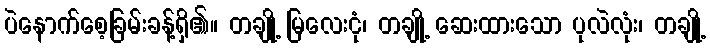
ပဲနောက်စေ့ခြမ်းခန့်ရှိ၏။ တချို့ မြလေးငုံ၊ တချို့ ဆေးထားသော ပုလဲလုံး၊ တချို့